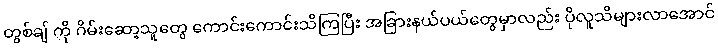
တွစ်ချ် ကို ဂိမ်းဆော့သူတွေ ကောင်းကောင်းသိကြပြီး အခြားနယ်ပယ်တွေမှာလည်း ပိုလူသိများလာအောင်